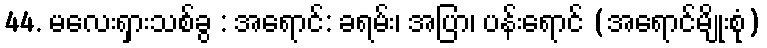
44. မလေးရှားသစ်ခွ : အရောင်: ခရမ်း၊ အပြာ၊ ပန်းရောင် (အရောင်မျိုးစုံ)